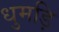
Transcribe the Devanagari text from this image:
धुमड़ि